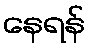
နေရန်